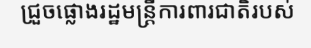
ជ្រួចផ្លោងរដ្ឋមន្ត្រីការពារជាតិរបស់